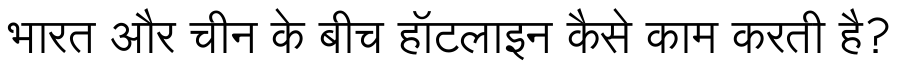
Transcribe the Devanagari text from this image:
भारत और चीन के बीच हॉटलाइन कैसे काम करती है?